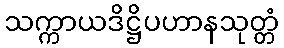
သက္ကာယဒိဋ္ဌိပဟာနသုတ္တံ